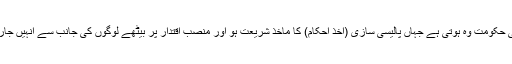
مطلب یہ کہ اسلامی حکومت وہ ہوتی ہے جہاں پالیسی سازی (اخذ احکام) کا ماخذ شریعت ہو اور منصب اقتدار پر بیٹھے لوگوں کی جانب سے انہیں جاری بھی کیا جاتا ہو۔